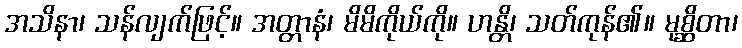
အသိနာ၊ သန်လျက်ဖြင့်။ အတ္တာနံ၊ မိမိကိုယ်ကို။ ဟန္တိ၊ သတ်ကုန်၏။ မုစ္ဆိတာ၊